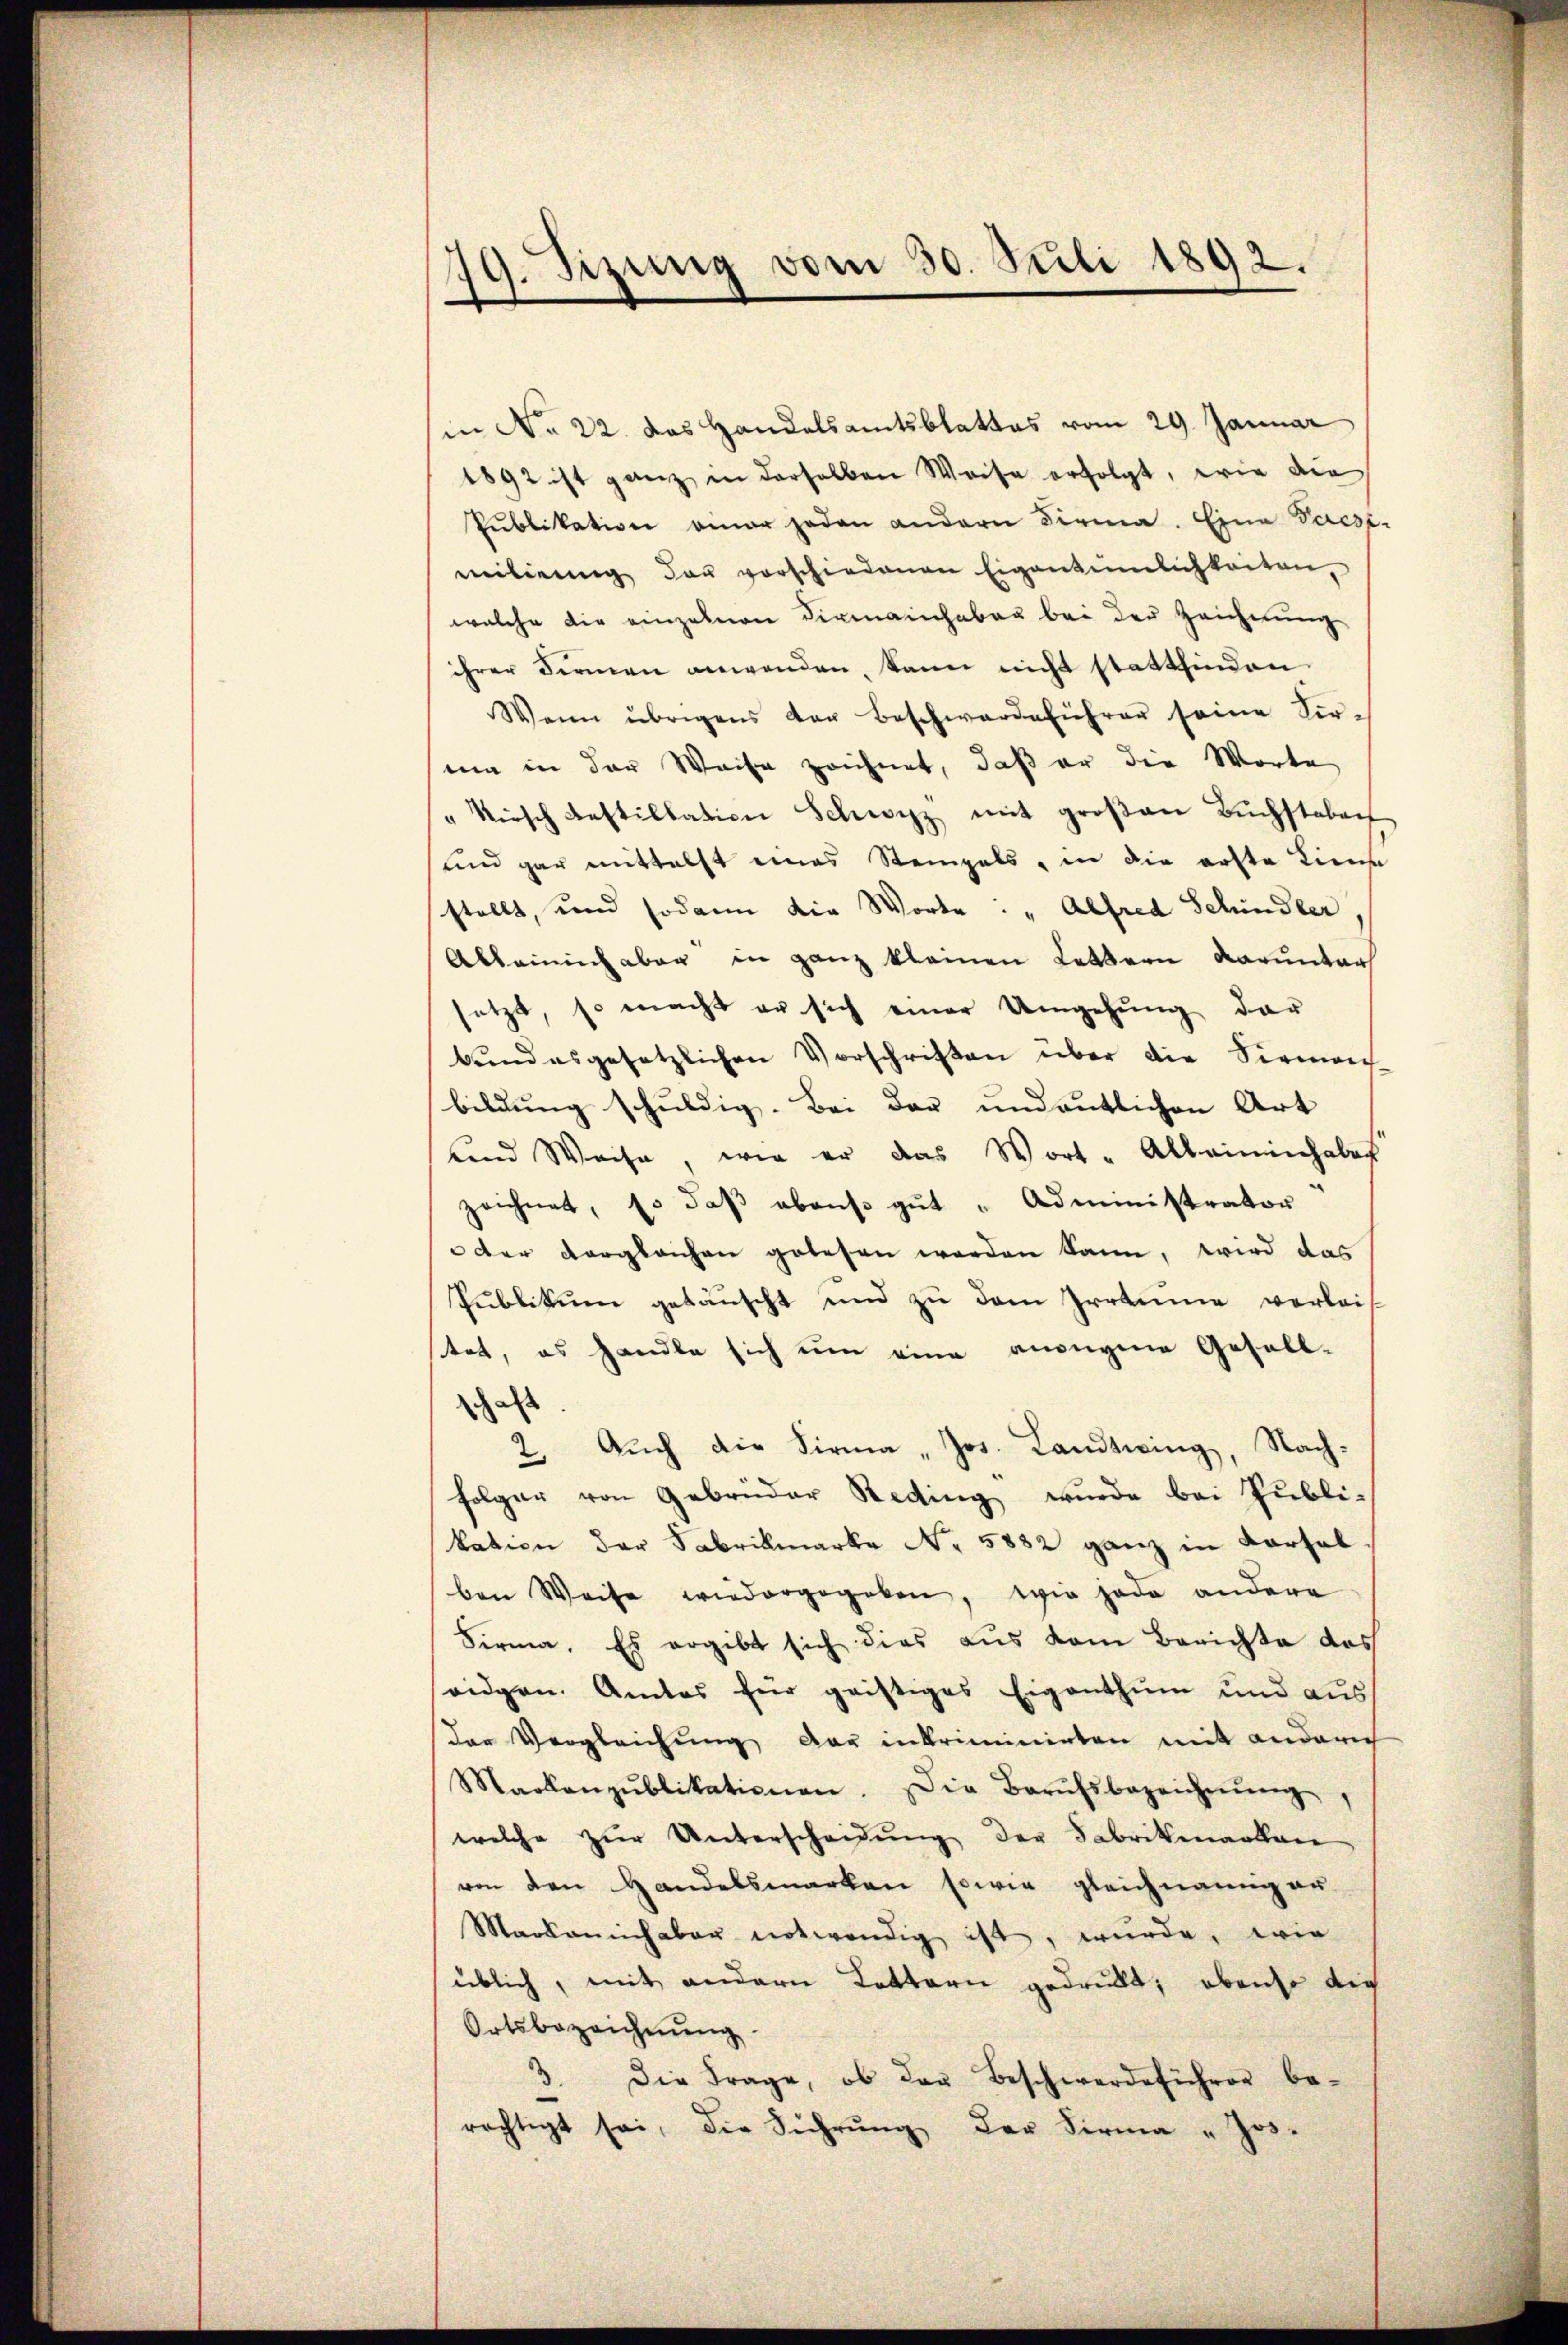
19. Sizung vom 30. Juli 1892.
s

in No 22. das Handelsamtsblattas vom 29. Januar
1892 ist ganz in derselben Weise erfolgt, wie die
Pŭblikation einer jeden andern Firma. Eine Vacs-
milierung der vorschiedenen Eigentümlichkeiten,
welche die einzelnen Firmainhaben bei der Zeichnung
ihrer Fernen anwenden, kann nicht stattfinden
Wenn übrigens der Beschwerdeführer seine Ser-
mia in der Weise zeichnet, daß er die Worte
" Kirsch Anstillation Schwyz mit großen Buchstaben
und gar mittelst eines Steingels, in die erste Lina
stellt, und sodann die Worte: "Alfred Schindler
Alleinlich aber in ganz kleinen Lettern darunter
setzt, so macht er sich einer Umgehŭng dar
bŭndesgesetzlichen Vorschriften über die Siemon
bildung schuldig. Bei der undeutlichen Art
und Weise, wie er das Wort-Alleininhaber
zeichnet, so daß ebenso gut "Administrator
oder Vergleichen gelesen werden kann, wird das
Publikum getäuscht und zu dem Irrtume verleis
stet, es handle sich um eine ansegme Gesell-
hal
2. Aŭch die Firma „Jos. Landtwing, Nach-
folger von Gebrüder Reding wurde bei Publi-
kation der Fabrikmarke No 5882 ganz in Korsal
ben Weise wiedergegeben, wie jede andere
Firma. Es ergibt sich dies aus vom Berichte das
seidgen. Amtes für geistiges Eigenthum und aus
der Vergleichung der inkriminirten mit andern
Maokanpŭblikationen. Die Berŭfsbezeichnŭng
welche zŭr Unterscheidŭng der Fabrikenallen
von den Handelsmarken sowie gleichnamig er
Markemich aber notwendig ist, wurde, wie
üblich, mit andern Lottern gedruckt; ebenso die
Ortsbezeichnung
3. Die Frage, ob das Beschwerdeführer be-
rächtigt sei, die Führŭng der Firma „ Jos.